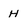
Character: H